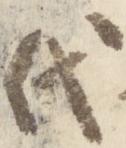
代